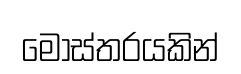
මෝස්තරයකින්